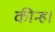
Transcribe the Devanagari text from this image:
कीन्ह।